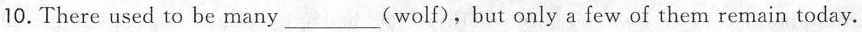
10. There used to be many ___(wolf),but only a few of them remain today.